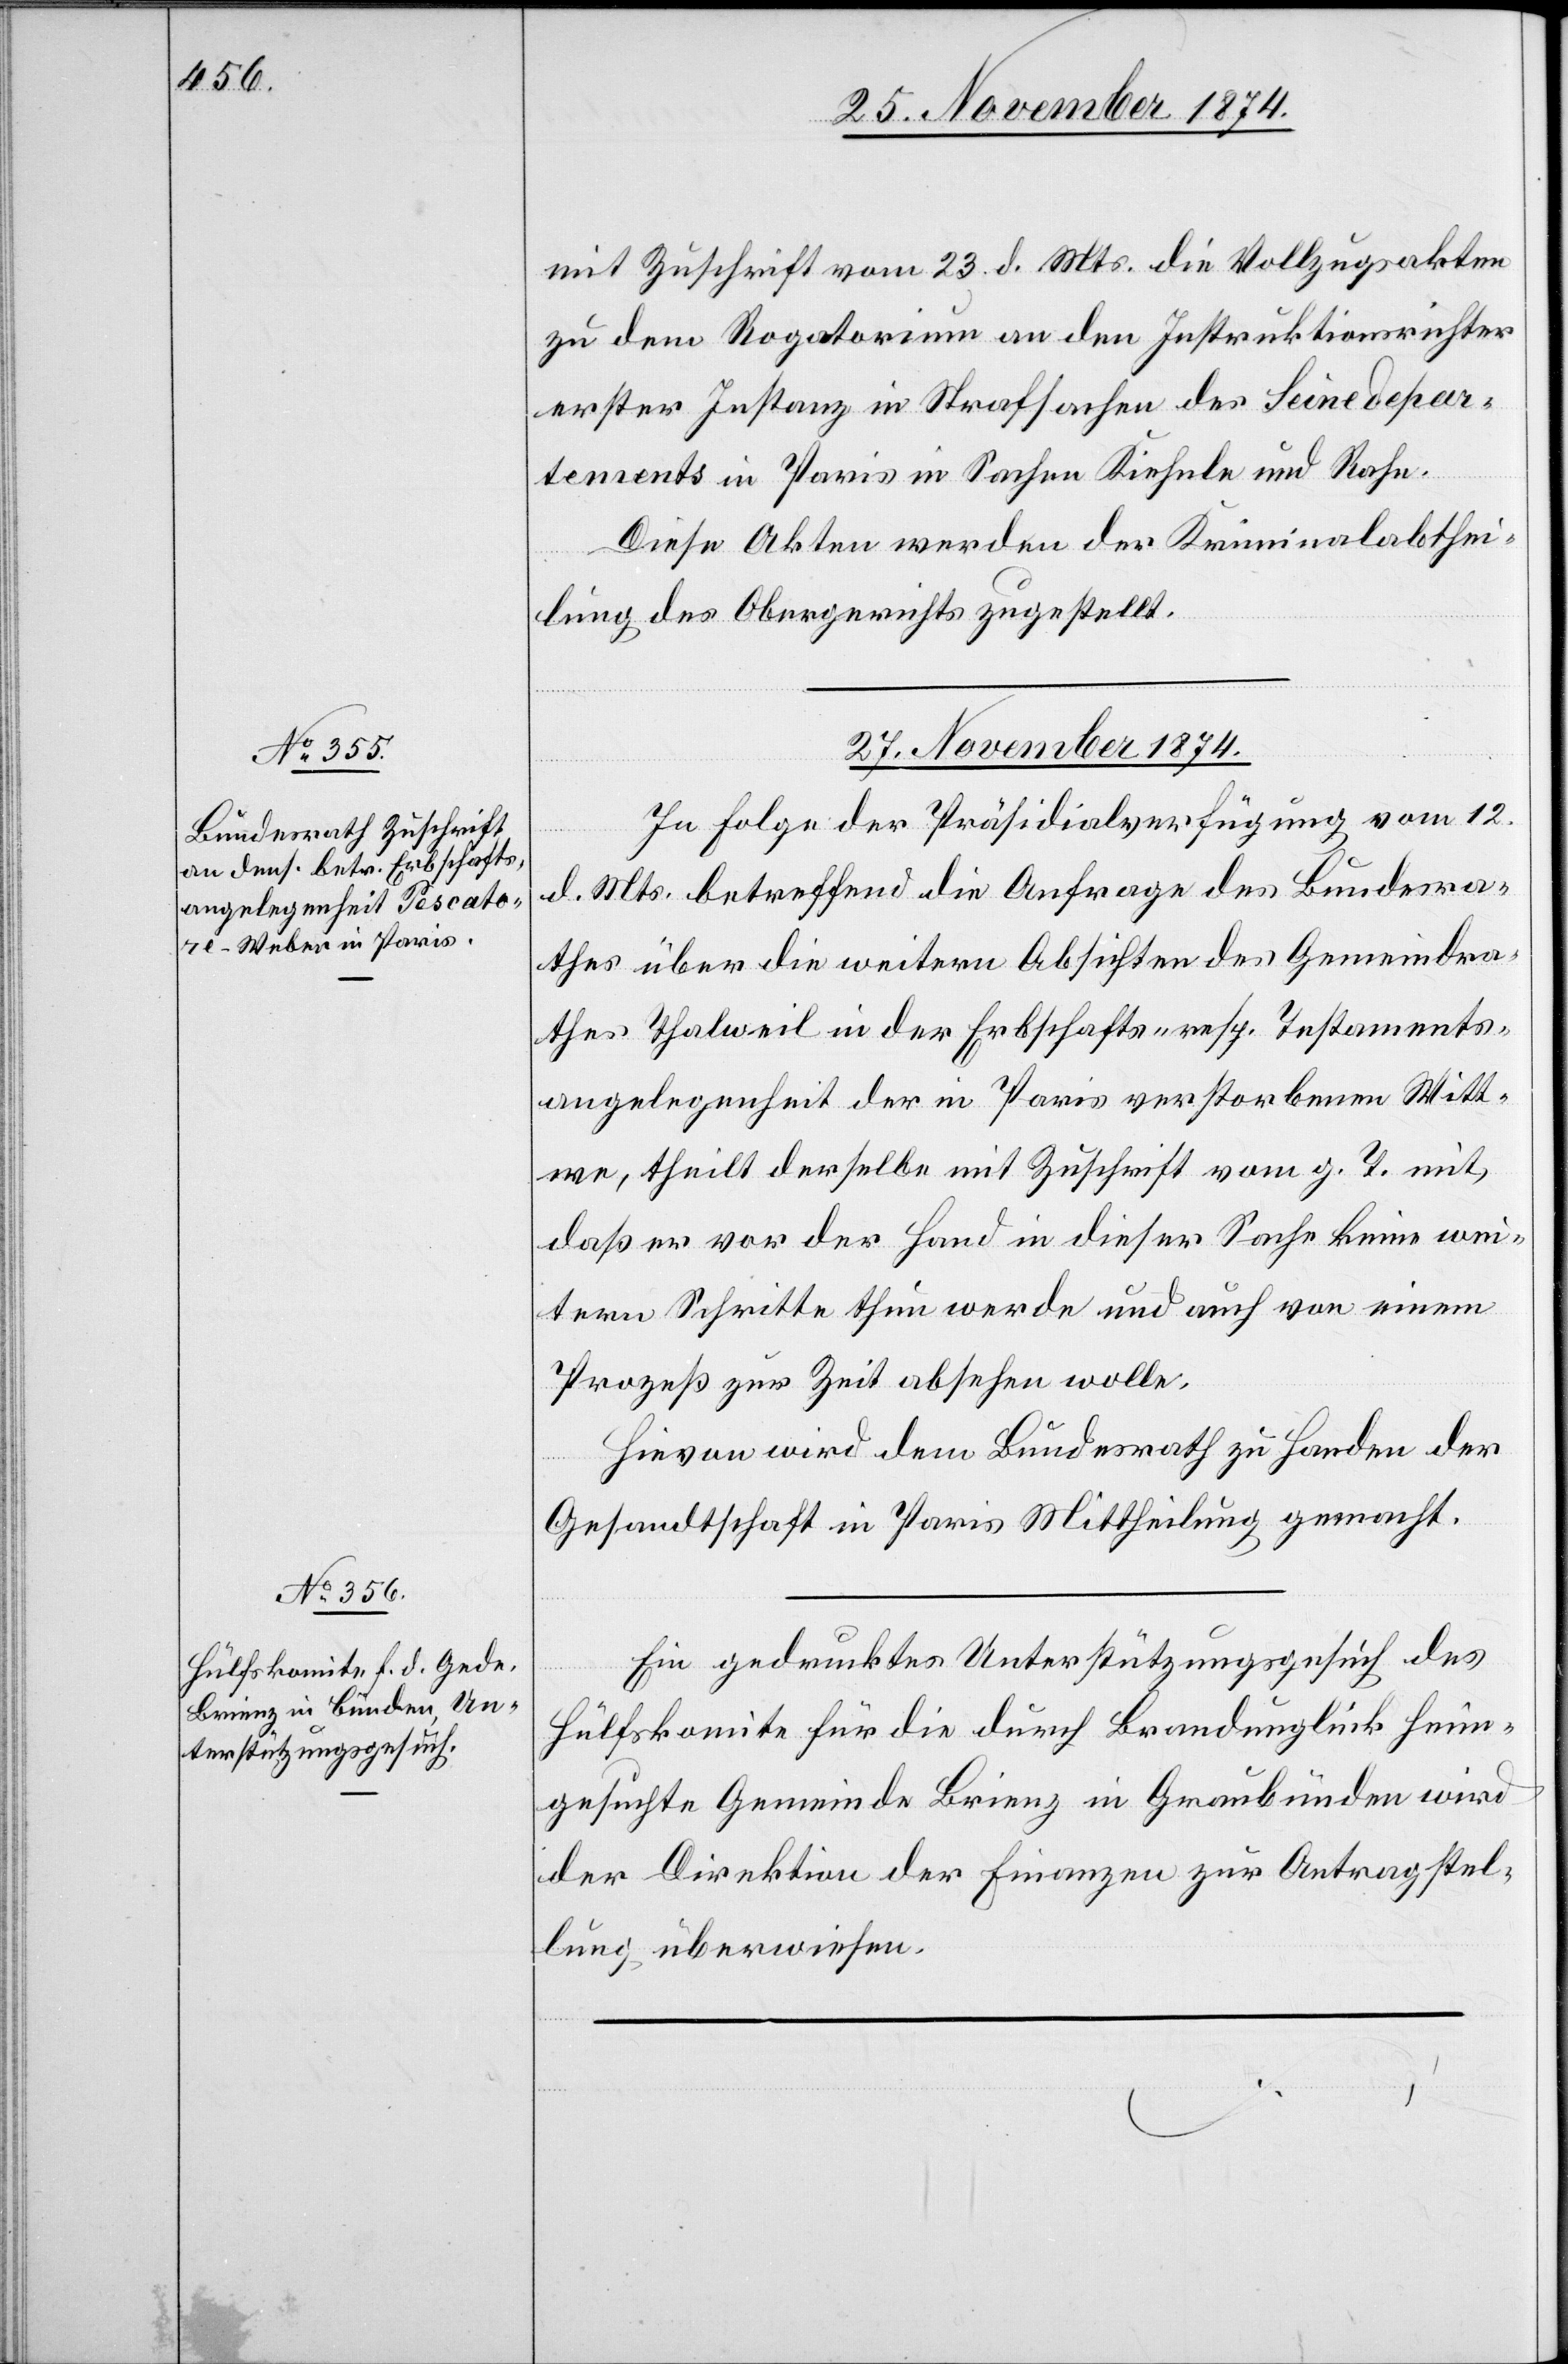
mit Zuschrift vom 23. d. Mts. die Vollzugsakten
zu dem Rogatorium an den Instruktionsrichter
erster Instanz in Strafsachen des Seinedepar¬
tements in Paris in Sachen Kiehnle und Rahn.
Diese Akten werden der Kriminalabthei¬
lung des Obergerichts zugestellt.
27. November 1874.]
In Folge der Präsidialverfügung vom 12.
d. Mts. betreffend die Anfrage des Bundesra¬
thes über die weitern Absichten des Gemeindra¬
thes Thalweil in der Erbschafts- resp. Testaments¬
angelegenheit der in Paris verstorbenen Witt¬
we, theilt derselbe mit Zuschrift vom g. T. mit,
daß er vor der Hand in dieser Sache keine wei¬
tern Schritte thun werde und auch von einem
Prozeß zur Zeit absehen wolle.
Hievon wird dem Bundesrath zu Handen der
Gesandtschaft in Paris Mittheilung gemacht.
Ein gedrucktes Unterstützungsgesuch des
Hülfskomite für die durch Brandunglück heim¬
gesuchte Gemeinde Brienz in Graubünden wird
der Direktion der Finanzen zur Antragstel¬
lung überwiesen.